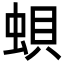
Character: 蛽